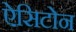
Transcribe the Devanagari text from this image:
ऐसिटोन